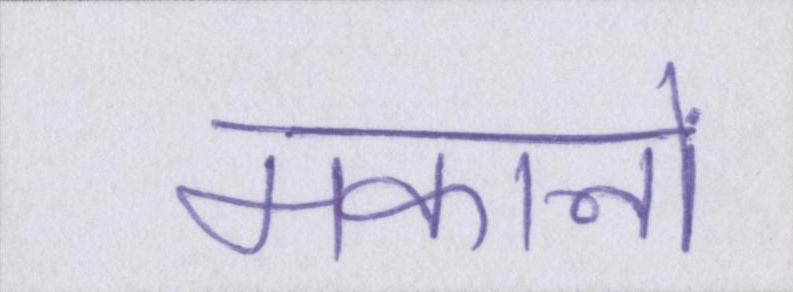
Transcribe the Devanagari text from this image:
मकानों